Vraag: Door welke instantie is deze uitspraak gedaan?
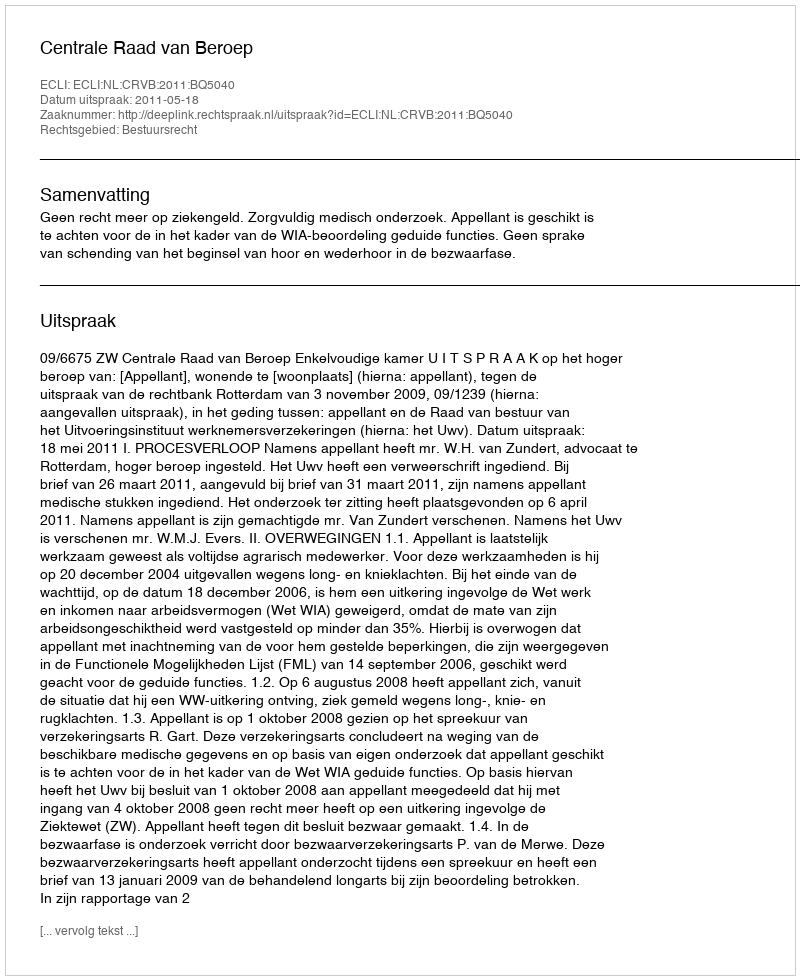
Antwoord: Centrale Raad van Beroep